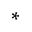
^ *